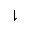
\downharpoonright